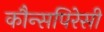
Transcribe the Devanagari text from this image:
कौन्सपिरेसी